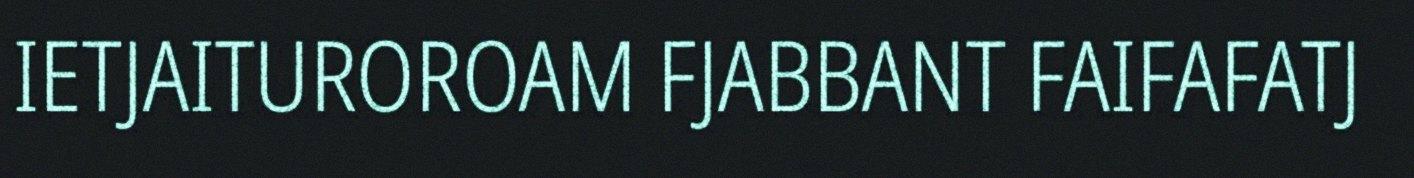
IETJAITUROROAM FJABBANT FAIFAFATJ